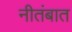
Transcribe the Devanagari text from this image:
नीतंबात